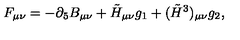
F _ { \mu \nu } = - \partial _ { 5 } B _ { \mu \nu } + \tilde { H } _ { \mu \nu } g _ { 1 } + ( \tilde { H } ^ { 3 } ) _ { \mu \nu } g _ { 2 } ,